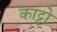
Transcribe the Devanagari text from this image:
काट्टो